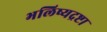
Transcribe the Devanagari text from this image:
भलिष्यद्रष्टा